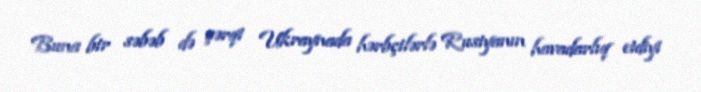
Buna bir səbəb də şərqi Ukraynada hərbçilərlə Rusiyanın havadarlıq etdiyi